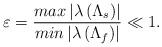
LaTeX: \begin{align*}\varepsilon=\frac{max\left|\lambda\left(\Lambda_{s}\right)\right|}{min\left|\lambda\left(\Lambda_{f}\right)\right|}\ll1.\end{align*}